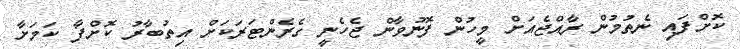
ކޮށްފައި ނެތުމުން ރާއްޖެއަށް މީހުން ފޮނުވާން ޖެހެނީ ގެރެންޓަރަކަށް އިތުބާރު ކޮށްފާ ކަމަށާ